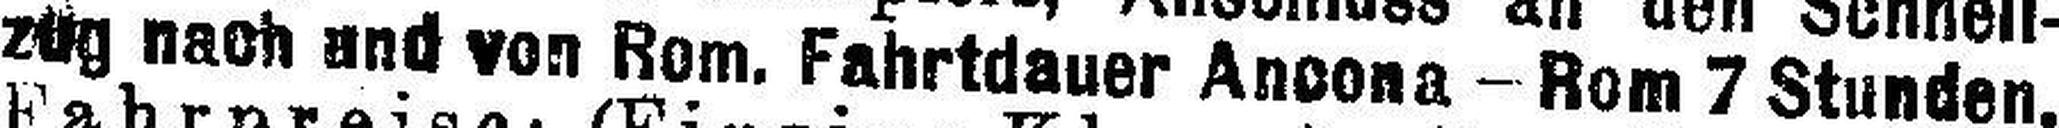
zug nach und von Rom. Fahrtdauer Ancona - Rom 7 Stunden.